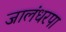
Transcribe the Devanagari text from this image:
जालंधरपा